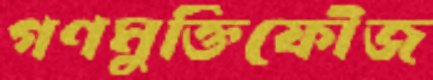
গণমুক্তিফৌজ